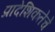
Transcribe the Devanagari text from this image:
प्रादेशिकतेचे